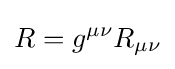
R=g^{\mu \nu }R_{\mu \nu }